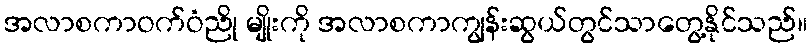
အလာစကာဝက်ဝံညို မျိုးကို အလာစကာကျွန်းဆွယ်တွင်သာတွေ့နိုင်သည်။